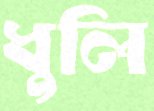
ধুলি